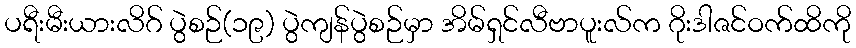
ပရီးမီးယားလိဂ် ပွဲစဉ်(၁၉) ပွဲကျန်ပွဲစဉ်မှာ အိမ်ရှင်လီဗာပူးလ်က ဂိုးဒါဇင်ဝက်ထိကို